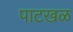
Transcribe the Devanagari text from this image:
पाटखळ